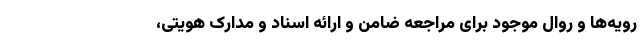
رویه‌ها و روال موجود برای مراجعه ضامن و ارائه اسناد و مدارک هویتی،